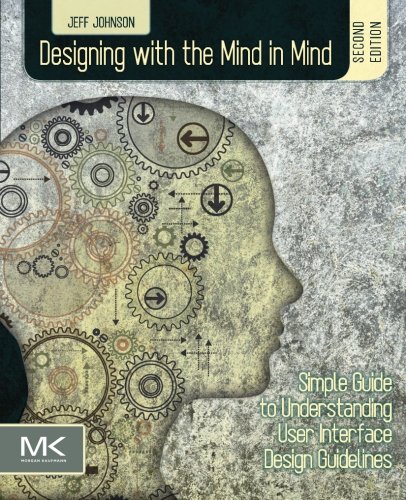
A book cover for Designing with the Mind in Mind, Second Edition: Simple Guide to Understanding User Interface Design Guidelines; Jeff Johnson; Computers & Technology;